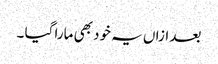
بعد ازاں یہ خود بھی مارا گیا ۔